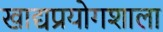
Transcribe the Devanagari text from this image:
खाद्यप्रयोगशाला